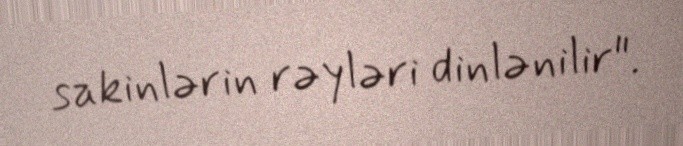
sakinlərin rəyləri dinlənilir".